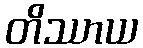
တိဿာယ